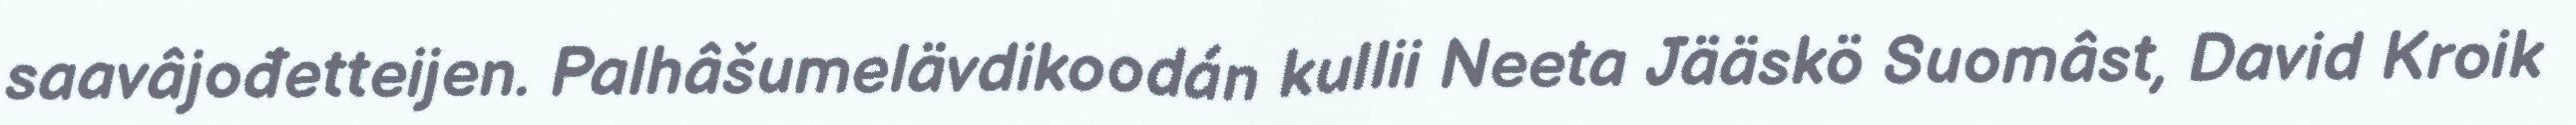
saavâjođetteijen. Palhâšumelävdikoodán kullii Neeta Jääskö Suomâst, David Kroik